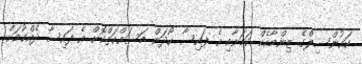
ކައުންސިލްގެ ޒިންމާއެއް ކަމަށާއި އެ ފައިސާ ހޯދަން މަސައްކަތްކޮށް އެ ފައިސާ ދެއްކުމަށް